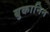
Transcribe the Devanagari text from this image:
बुकानिन